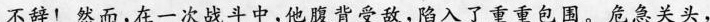
不辞!然而，在一次战斗中,他腹背受敌，陷入了重重包围。危急关头,